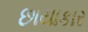
છાયાકાર